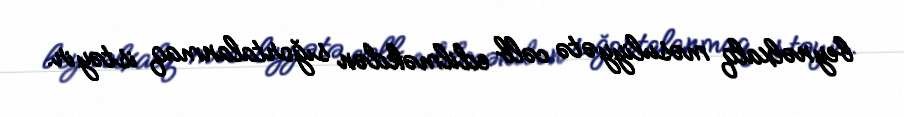
beynəlxalq məsuliyyətə cəlb edilməkdən sığortalanmaq istəyir.